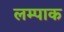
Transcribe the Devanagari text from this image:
लम्पाक